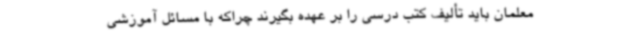
معلمان باید تألیف کتب درسی را بر عهده بگیرند چراکه با مسائل آموزشی